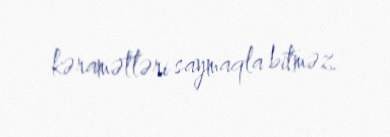
kəramətləri saymaqla bitməz.